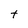
Character: t